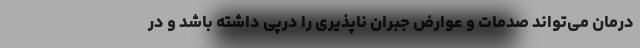
درمان می‌تواند صدمات و عوارض جبران ناپذیری را درپی داشته باشد و در